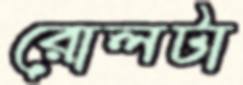
রোলটা